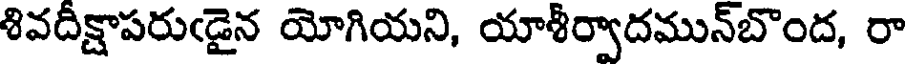
శివదీక్షాపరుఁడైన యోగియని, యాశీర్వాదమున్బొంద, రా